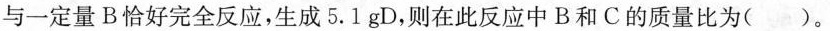
与一定量B恰好完全反应，生成5.1 gD，则在此反应中B和C的质量比为()。